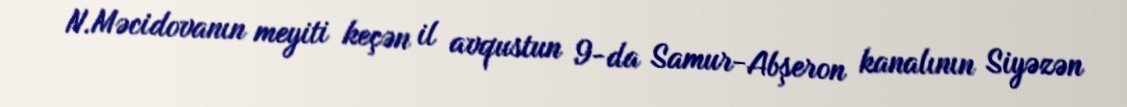
N.Məcidovanın meyiti keçən il avqustun 9-da Samur-Abşeron kanalının Siyəzən